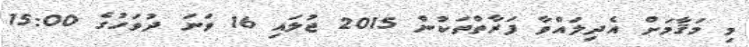
މި މަޤާމަށް އެދިލައްވާ ފަރާތްތަކުން 2015 ޖުލައި 16 ވަނަ ދުވަހުގެ 15:00